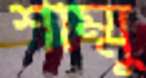
শাম্মু